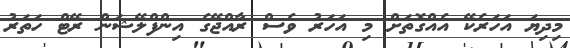
މިދިޔަ އަހަރެކޭ އެއްގޮތަށް މި އަހަރު ވެސް ރާއްޖޭގެ އިންފްލޭޝަން ރޭޓް ހަތަރު